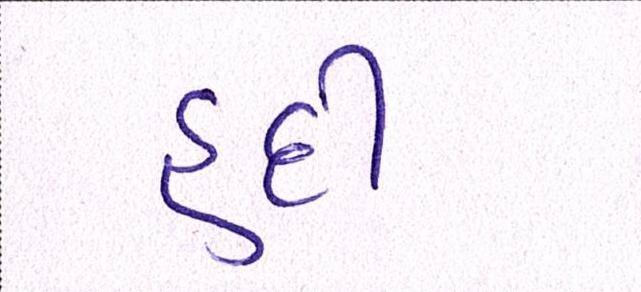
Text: હદી